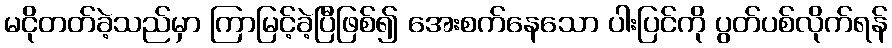
မငိုတတ်ခဲ့သည်မှာ ကြာမြင့်ခဲ့ပြီဖြစ်၍ အေးစက်နေသော ပါးပြင်ကို ပွတ်ပစ်လိုက်ရန်